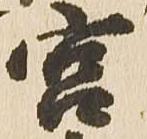
宮